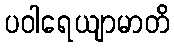
ပဝါရေယျာမာတိ